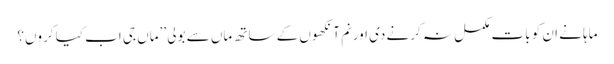
ماہا نے ان کو بات مکمل نہ کرنے دی اور نم آنکھوں کے ساتھ ماں سے بولی ’’ماں جی اب کیا کروں؟